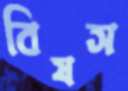
বিষস